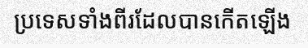
ប្រទេសទាំងពីរដែលបានកើតឡើង